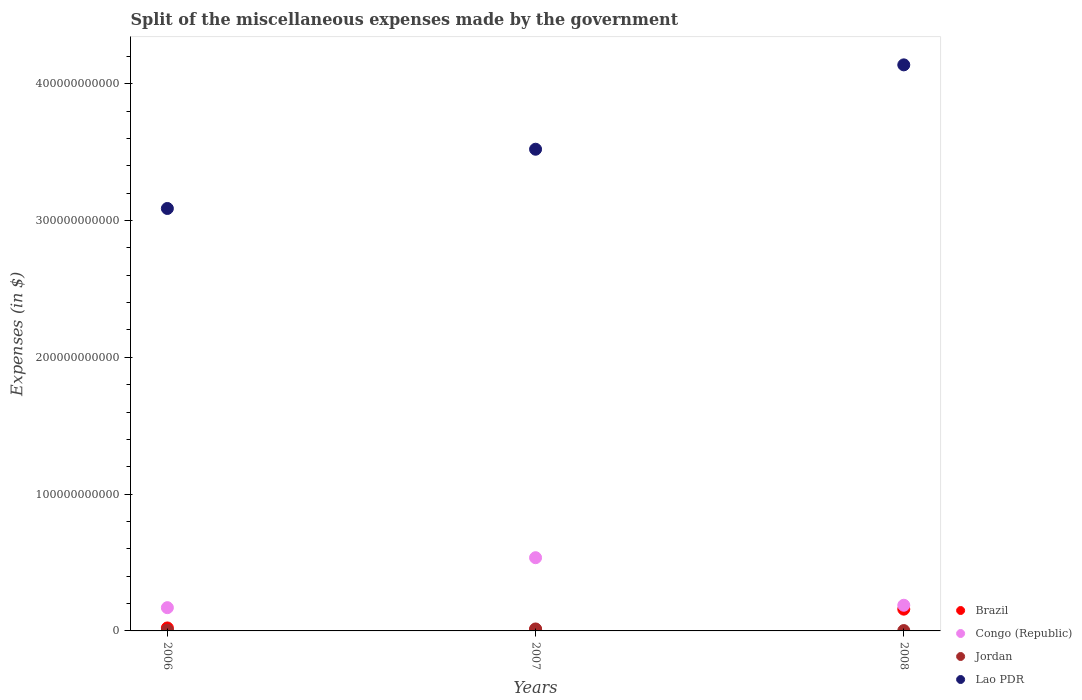
| Years | Brazil | Congo (Republic) | Jordan | Lao PDR |
 | --- | --- | --- | --- | --- |
 | 2006 | 2.18e+09 | 1.7e+10 | 5.42e+08 | 3.09e+11 |
 | 2007 | 1.02e+09 | 5.35e+10 | 1.44e+09 | 3.52e+11 |
 | 2008 | 1.59e+10 | 1.88e+10 | 2.55e+08 | 4.14e+11 |